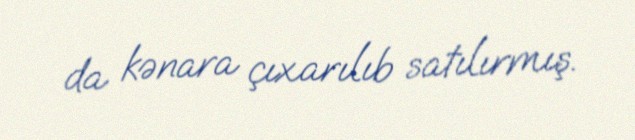
da kənara çıxarılıb satılırmış.